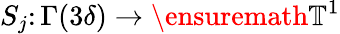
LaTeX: S_{j}\colon\Gamma(3\delta)\to\ensuremath{\mathbb{T}}^{1}